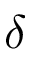
\delta